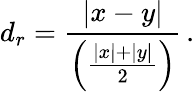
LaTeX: d_{r}={\frac{|x-y|}{\left({\frac{|x|+|y|}{2}}\right)}}\, .